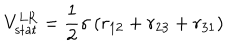
LaTeX: V _ { \mathrm { s t a t } } ^ { \mathrm { L R } } = \frac { 1 } { 2 } \sigma \, ( r _ { 1 2 } + r _ { 2 3 } + r _ { 3 1 } )